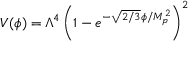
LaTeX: \quad V ( \phi ) = \Lambda ^ { 4 } \left( 1 - e ^ { - { \sqrt { 2 / 3 } } \phi / M _ { p } ^ { 2 } } \right) ^ { 2 }